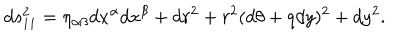
d s _ { 1 1 } ^ { 2 } = \eta _ { \alpha \beta } d x ^ { \alpha } d x ^ { \beta } + d r ^ { 2 } + r ^ { 2 } ( d \theta + q d y ) ^ { 2 } + d y ^ { 2 } .